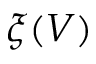
\xi ( V )